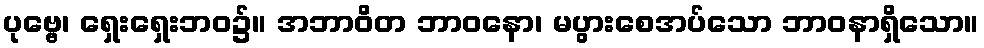
ပုဗ္ဗေ၊ ရှေးရှေးဘဝ၌။ အဘာဝိတ ဘာဝနော၊ မပွားစေအပ်သော ဘာဝနာရှိသော။